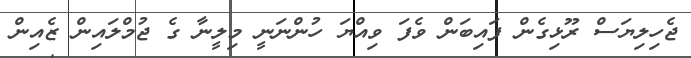
ޖެހިލިޔަސް ރޫޅިގެން ފައިބަން ވެފަ ވިއްޔަ ހުންނަނީ މިލީނާ ގެ ޖުމްލައިން ޒެއިން